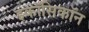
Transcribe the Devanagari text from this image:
इकॉसिकॉन